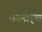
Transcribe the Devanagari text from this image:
करनार्‍या